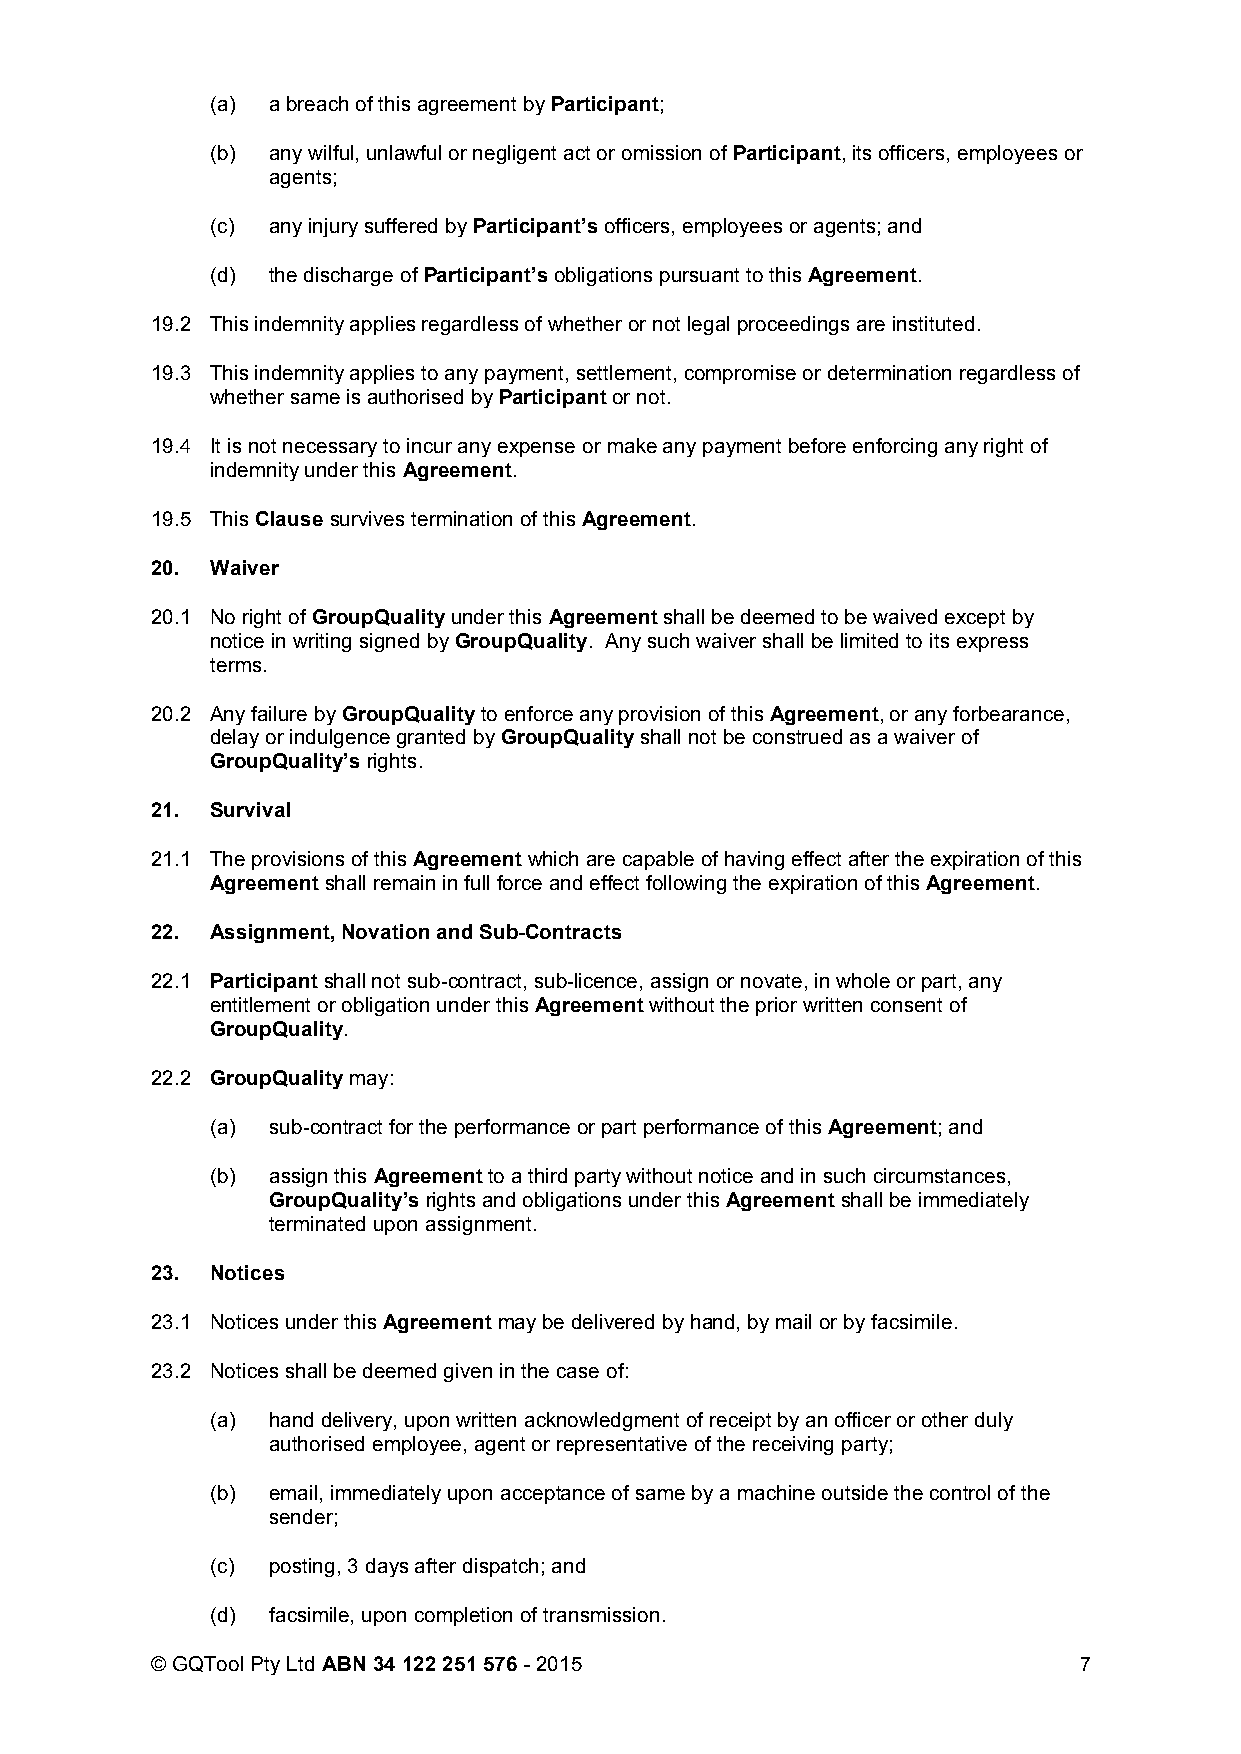
(a) a breach of this agreement by Participant;
 (b) any wilful, unlawful or negligent act or omission of Participant, its officers, employees or
 agents;
 (c) any injury suffered by Participant’s officers, employees or agents; and
 (d) the discharge of Participant’s obligations pursuant to this Agreement.
 19.2 This indemnity applies regardless of whether or not legal proceedings are instituted.
 19.3 This indemnity applies to any payment, settlement, compromise or determination regardless of
 whether same is authorised by Participant or not.
 19.4 It is not necessary to incur any expense or make any payment before enforcing any right of
 indemnity under this Agreement.
 19.5 This Clause survives termination of this Agreement.
 20. Waiver
 20.1 No right of GroupQuality under this Agreement shall be deemed to be waived except by
 notice in writing signed by GroupQuality. Any such waiver shall be limited to its express
 terms.
 20.2 Any failure by GroupQuality to enforce any provision of this Agreement, or any forbearance,
 delay or indulgence granted by GroupQuality shall not be construed as a waiver of
 GroupQuality’s rights.
 21. Survival
 21.1 The provisions of this Agreement which are capable of having effect after the expiration of this
 Agreement shall remain in full force and effect following the expiration of this Agreement.
 22. Assignment, Novation and Sub-Contracts
 22.1 Participant shall not sub-contract, sub-licence, assign or novate, in whole or part, any
 entitlement or obligation under this Agreement without the prior written consent of
 GroupQuality.
 22.2 GroupQuality may:
 (a) sub-contract for the performance or part performance of this Agreement; and
 (b) assign this Agreement to a third party without notice and in such circumstances,
 GroupQuality’s rights and obligations under this Agreement shall be immediately
 terminated upon assignment.
 23. Notices
 23.1 Notices under this Agreement may be delivered by hand, by mail or by facsimile.
 23.2 Notices shall be deemed given in the case of:
 (a) hand delivery, upon written acknowledgment of receipt by an officer or other duly
 authorised employee, agent or representative of the receiving party;
 (b) email, immediately upon acceptance of same by a machine outside the control of the
 sender;
 (c) posting, 3 days after dispatch; and
 (d) facsimile, upon completion of transmission.
 © GQTool Pty Ltd ABN 34 122 251 576 - 2015                   7